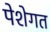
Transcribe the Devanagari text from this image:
पेशेगत